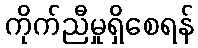
ကိုက်ညီမှုရှိစေရန်